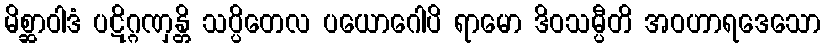
မိစ္ဆာဝါဒံ ပဋိဂ္ဂဏှန္တိ သပ္ပိတေလ ပယောဂေါပိ ရာမော ဒိဝသမ္ပီတိ အဝဟာရဒေသော